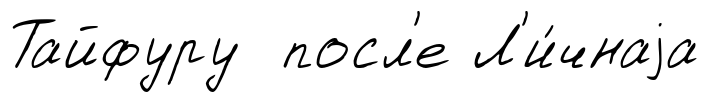
Тайфуру посл'е Л'и́чнаjа